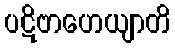
ပဋိဗာဟေယျာတိ